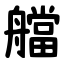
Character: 艡